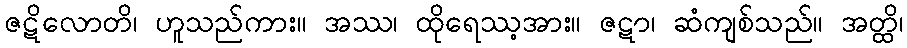
ဇဋိလောတိ၊ ဟူသည်ကား။ အဿ၊ ထိုရေဿ့အား။ ဇဋာ၊ ဆံကျစ်သည်။ အတ္ထိ၊